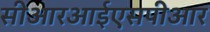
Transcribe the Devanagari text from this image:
सीआरआईएसपीआर